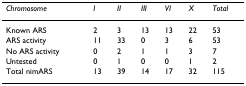
<table><thead><tr><td><b><i>Chromosome</i></b></td><td><b><i>I</i></b></td><td><b><i>II</i></b></td><td><b><i>III</i></b></td><td><b><i>VI</i></b></td><td><b><i>X</i></b></td><td><b><i>Total</i></b></td></tr></thead><tbody><tr><td>Known ARS</td><td>2</td><td>3</td><td>13</td><td>13</td><td>22</td><td>53</td></tr><tr><td>ARS activity</td><td>11</td><td>33</td><td>0</td><td>3</td><td>6</td><td>53</td></tr><tr><td>No ARS activity</td><td>0</td><td>2</td><td>1</td><td>1</td><td>3</td><td>7</td></tr><tr><td>Untested</td><td>0</td><td>1</td><td>0</td><td>0</td><td>1</td><td>2</td></tr><tr><td>Total nimARS</td><td>13</td><td>39</td><td>14</td><td>17</td><td>32</td><td>115</td></tr></tbody></table>